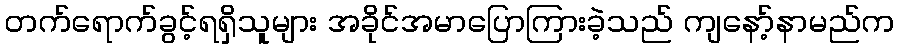
တက်ရောက်ခွင့်ရရှိသူများ အခိုင်အမာပြောကြားခဲ့သည် ကျနော့်နာမည်က